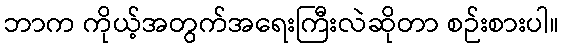
ဘာက ကိုယ့်အတွက်အရေးကြီးလဲဆိုတာ စဉ်းစားပါ။